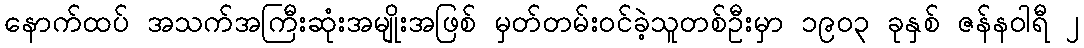
နောက်ထပ် အသက်အကြီးဆုံးအမျိုးအဖြစ် မှတ်တမ်းဝင်ခဲ့သူတစ်ဦးမှာ ၁၉၀၃ ခုနှစ် ဇန်နဝါရီ ၂